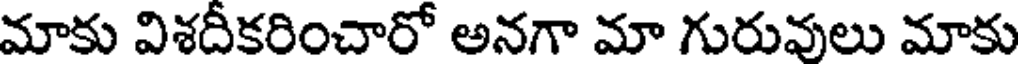
మాకు విశదీకరించారో అనగా మా గురువులు మాకు